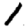
Digit: 1